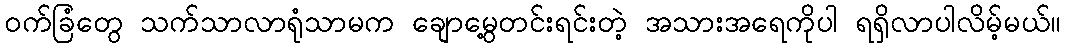
၀က်ခြံတွေ သက်သာလာရုံသာမက ချောမွေ့တင်းရင်းတဲ့ အသားအရေကိုပါ ရရှိလာပါလိမ့်မယ်။